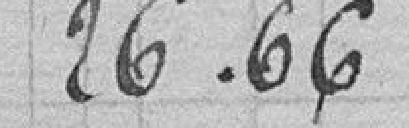
26.66